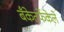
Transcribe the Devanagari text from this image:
बँकेतर्फेकेले